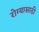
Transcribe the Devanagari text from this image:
रोग्यासाठी